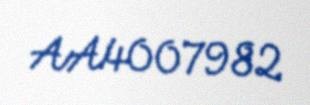
AA4007982